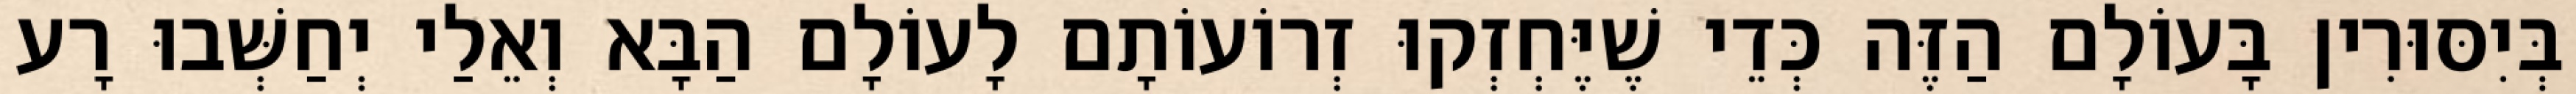
בְּיִסּוּרִין בָּעוֹלָם הַזֶּה כְּדֵי שֶׁיֶּחְזְקוּ זְרוֹעוֹתָם לָעוֹלָם הַבָּא וְאֵלַי יְחַשְּׁבוּ רָע